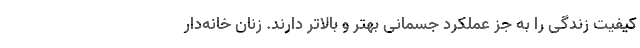
کیفیت زندگی را به جز عملکرد جسمانی بهتر و بالاتر دارند. زنان خانه‌دار